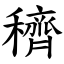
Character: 穧